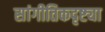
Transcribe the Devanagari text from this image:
सांगीतिकदृष्ट्या